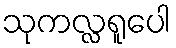
သုကလ္လရူပေါ